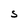
Character: s